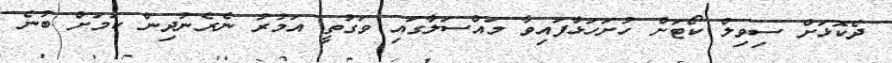
ދެކޮޅަށް ސިވިލް ކޯޓަށް ހުށަހަޅާފައިވާ މައްސަލާގައި ވަގުތީ އަމުރު ނެރެނުދިން ކަމަށް ބުނެ